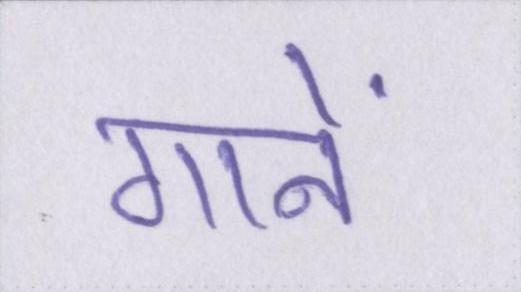
गानें